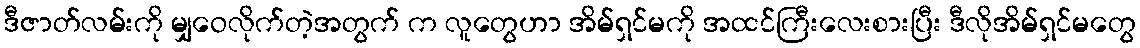
ဒီဇာတ်လမ်းကို မျှဝေလိုက်တဲ့အတွက် က လူတွေဟာ အိမ်ရှင်မကို အထင်ကြီးလေးစားပြီး ဒီလိုအိမ်ရှင်မတွေ